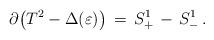
LaTeX: \begin{align*}\partial\!\left(T^2-\Delta(\varepsilon)\right) \,=\, S^1_+ \,-\, S^1_-\,.\end{align*}